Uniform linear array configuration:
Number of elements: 32
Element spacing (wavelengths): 0.25
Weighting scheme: binomial
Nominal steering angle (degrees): -60
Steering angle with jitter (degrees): -58.672
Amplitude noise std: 0.05
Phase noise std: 0.05

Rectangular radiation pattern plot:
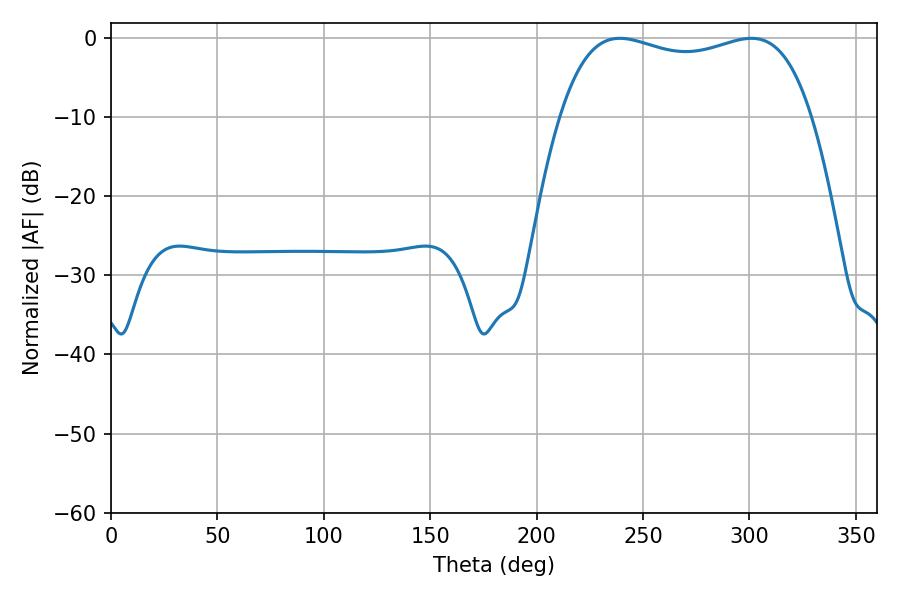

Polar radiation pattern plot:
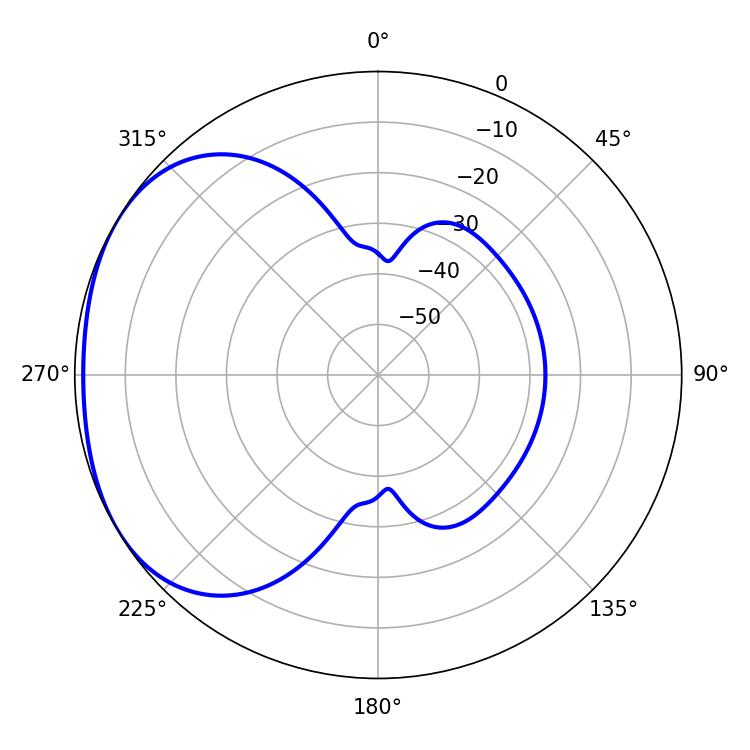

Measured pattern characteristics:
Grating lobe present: FALSE
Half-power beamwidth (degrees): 96.12
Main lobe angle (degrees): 239.04